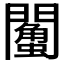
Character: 𨷌